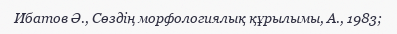
Ибатов Ә., Сөздің морфологиялық құрылымы, А., 1983;